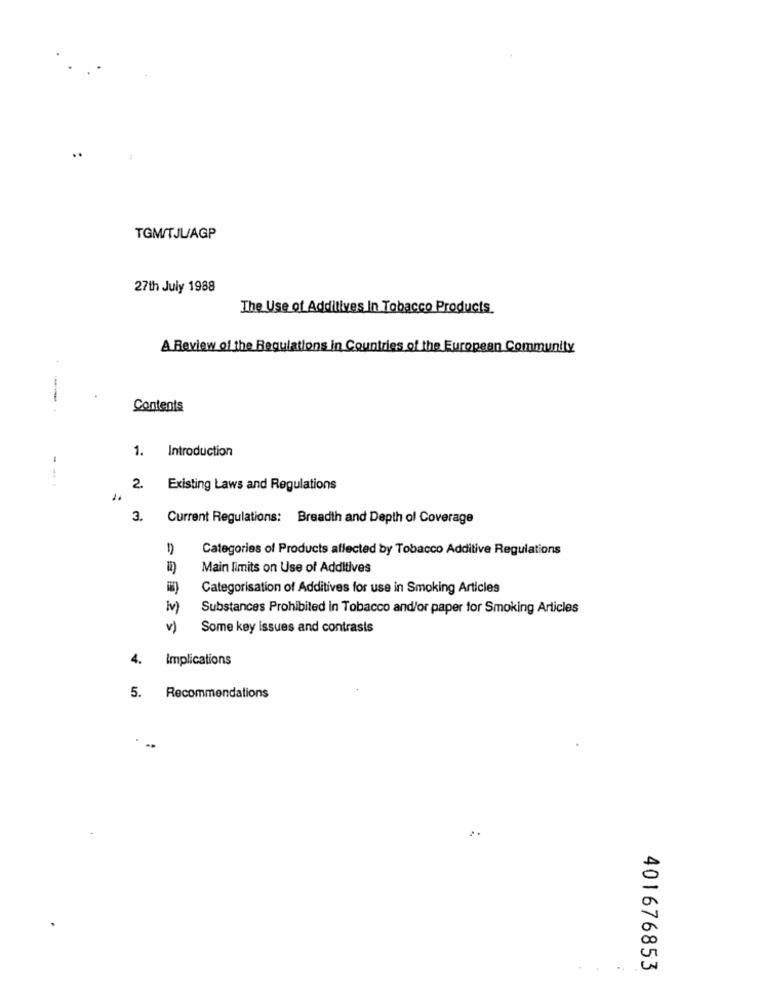
..
TGM/TJU/AGP
27th July 1988
The Use of Additives In Tobacco Products.
A Review of the Regulations in Countries of the European Community
Contents
1. Introduction
-
2.
Existing Laws and Regulations
3.
Current Regulations: Breadth and Depth of Coverage
Categories of Products affected by Tobacco Additive Regulations
Main limits on Use of Additives
Categorisation of Additives for use in Smoking Articles
Iv)
Substances Prohibited in Tobacco and/or paper for Smoking Articles
v)
Some key issues and contrasts
4. Implications
5. Recommendations
..
..
401676853